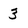
Character: 3